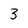
Character: 3